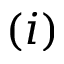
( i )